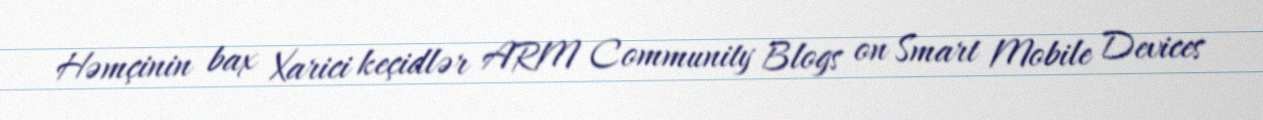
Həmçinin bax Xarici keçidlər ARM Community Blogs on Smart Mobile Devices